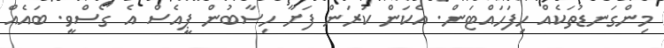
މިންގަނޑުތަކެއް ހިފަހައްޓަން. އެކަން ކުރަން ފަށާ ހިސާބުން ޕީއެސް އެ ގޯސްވީ. ބައެއް